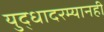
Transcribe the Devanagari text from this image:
युद्धादरम्यानही